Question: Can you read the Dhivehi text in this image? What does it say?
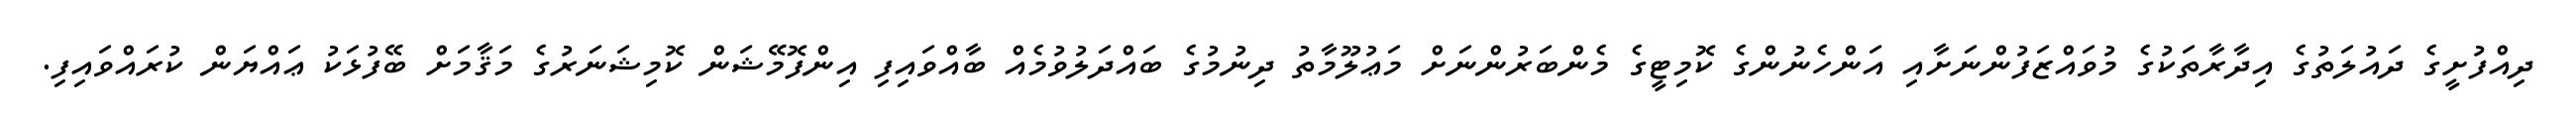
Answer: ދިއްފުށީގެ ދައުލަތުގެ އިދާރާތަކުގެ މުވައްޒަފުންނަށާއި އަންހެނުންގެ ކޮމިޓީގެ މެންބަރުންނަށް މަޢުލޫމާތު ދިނުމުގެ ބައްދަލުވުމެއް ބާއްވައިފި އިންފޮމޭޝަން ކޮމިޝަނަރުގެ މަޤާމަށް ބޭފުޅަކު ޢައްޔަން ކުރައްވައިފި.